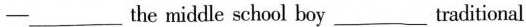
─___ he middle school boy ___ traditional